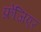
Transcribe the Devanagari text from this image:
फ्रेजिएर